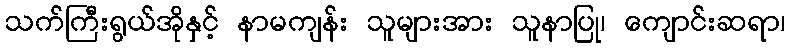
သက်ကြီးရွယ်အိုနှင့် နာမကျန်း သူများအား သူနာပြု၊ ကျောင်းဆရာ၊